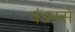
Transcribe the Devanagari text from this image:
वंडरर्स